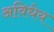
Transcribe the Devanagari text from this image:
अविधेय